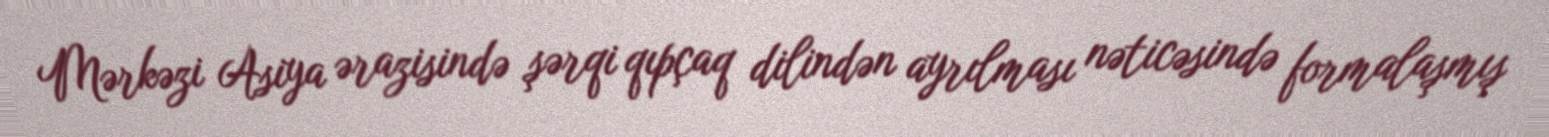
Mərkəzi Asiya ərazisində şərqi qıpçaq dilindən ayrılması nəticəsində formalaşmış